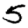
Digit: 5